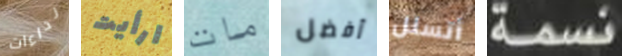
نداءات ارأيت مات أفضل أتسلل نسمة